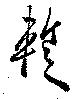
蹔